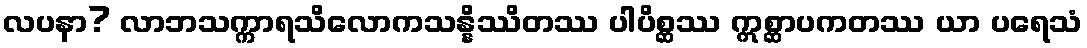
လပနာ? လာဘသက္ကာရသိလောကသန္နိဿိတဿ ပါပိစ္ဆဿ ဣစ္ဆာပကတဿ ယာ ပရေသံ